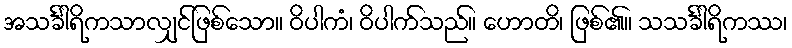
အသင်္ခါရိကသာလျှင်ဖြစ်သော။ ဝိပါကံ၊ ဝိပါက်သည်။ ဟောတိ၊ ဖြစ်၏။ သသင်္ခါရိကဿ၊